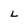
Character: L